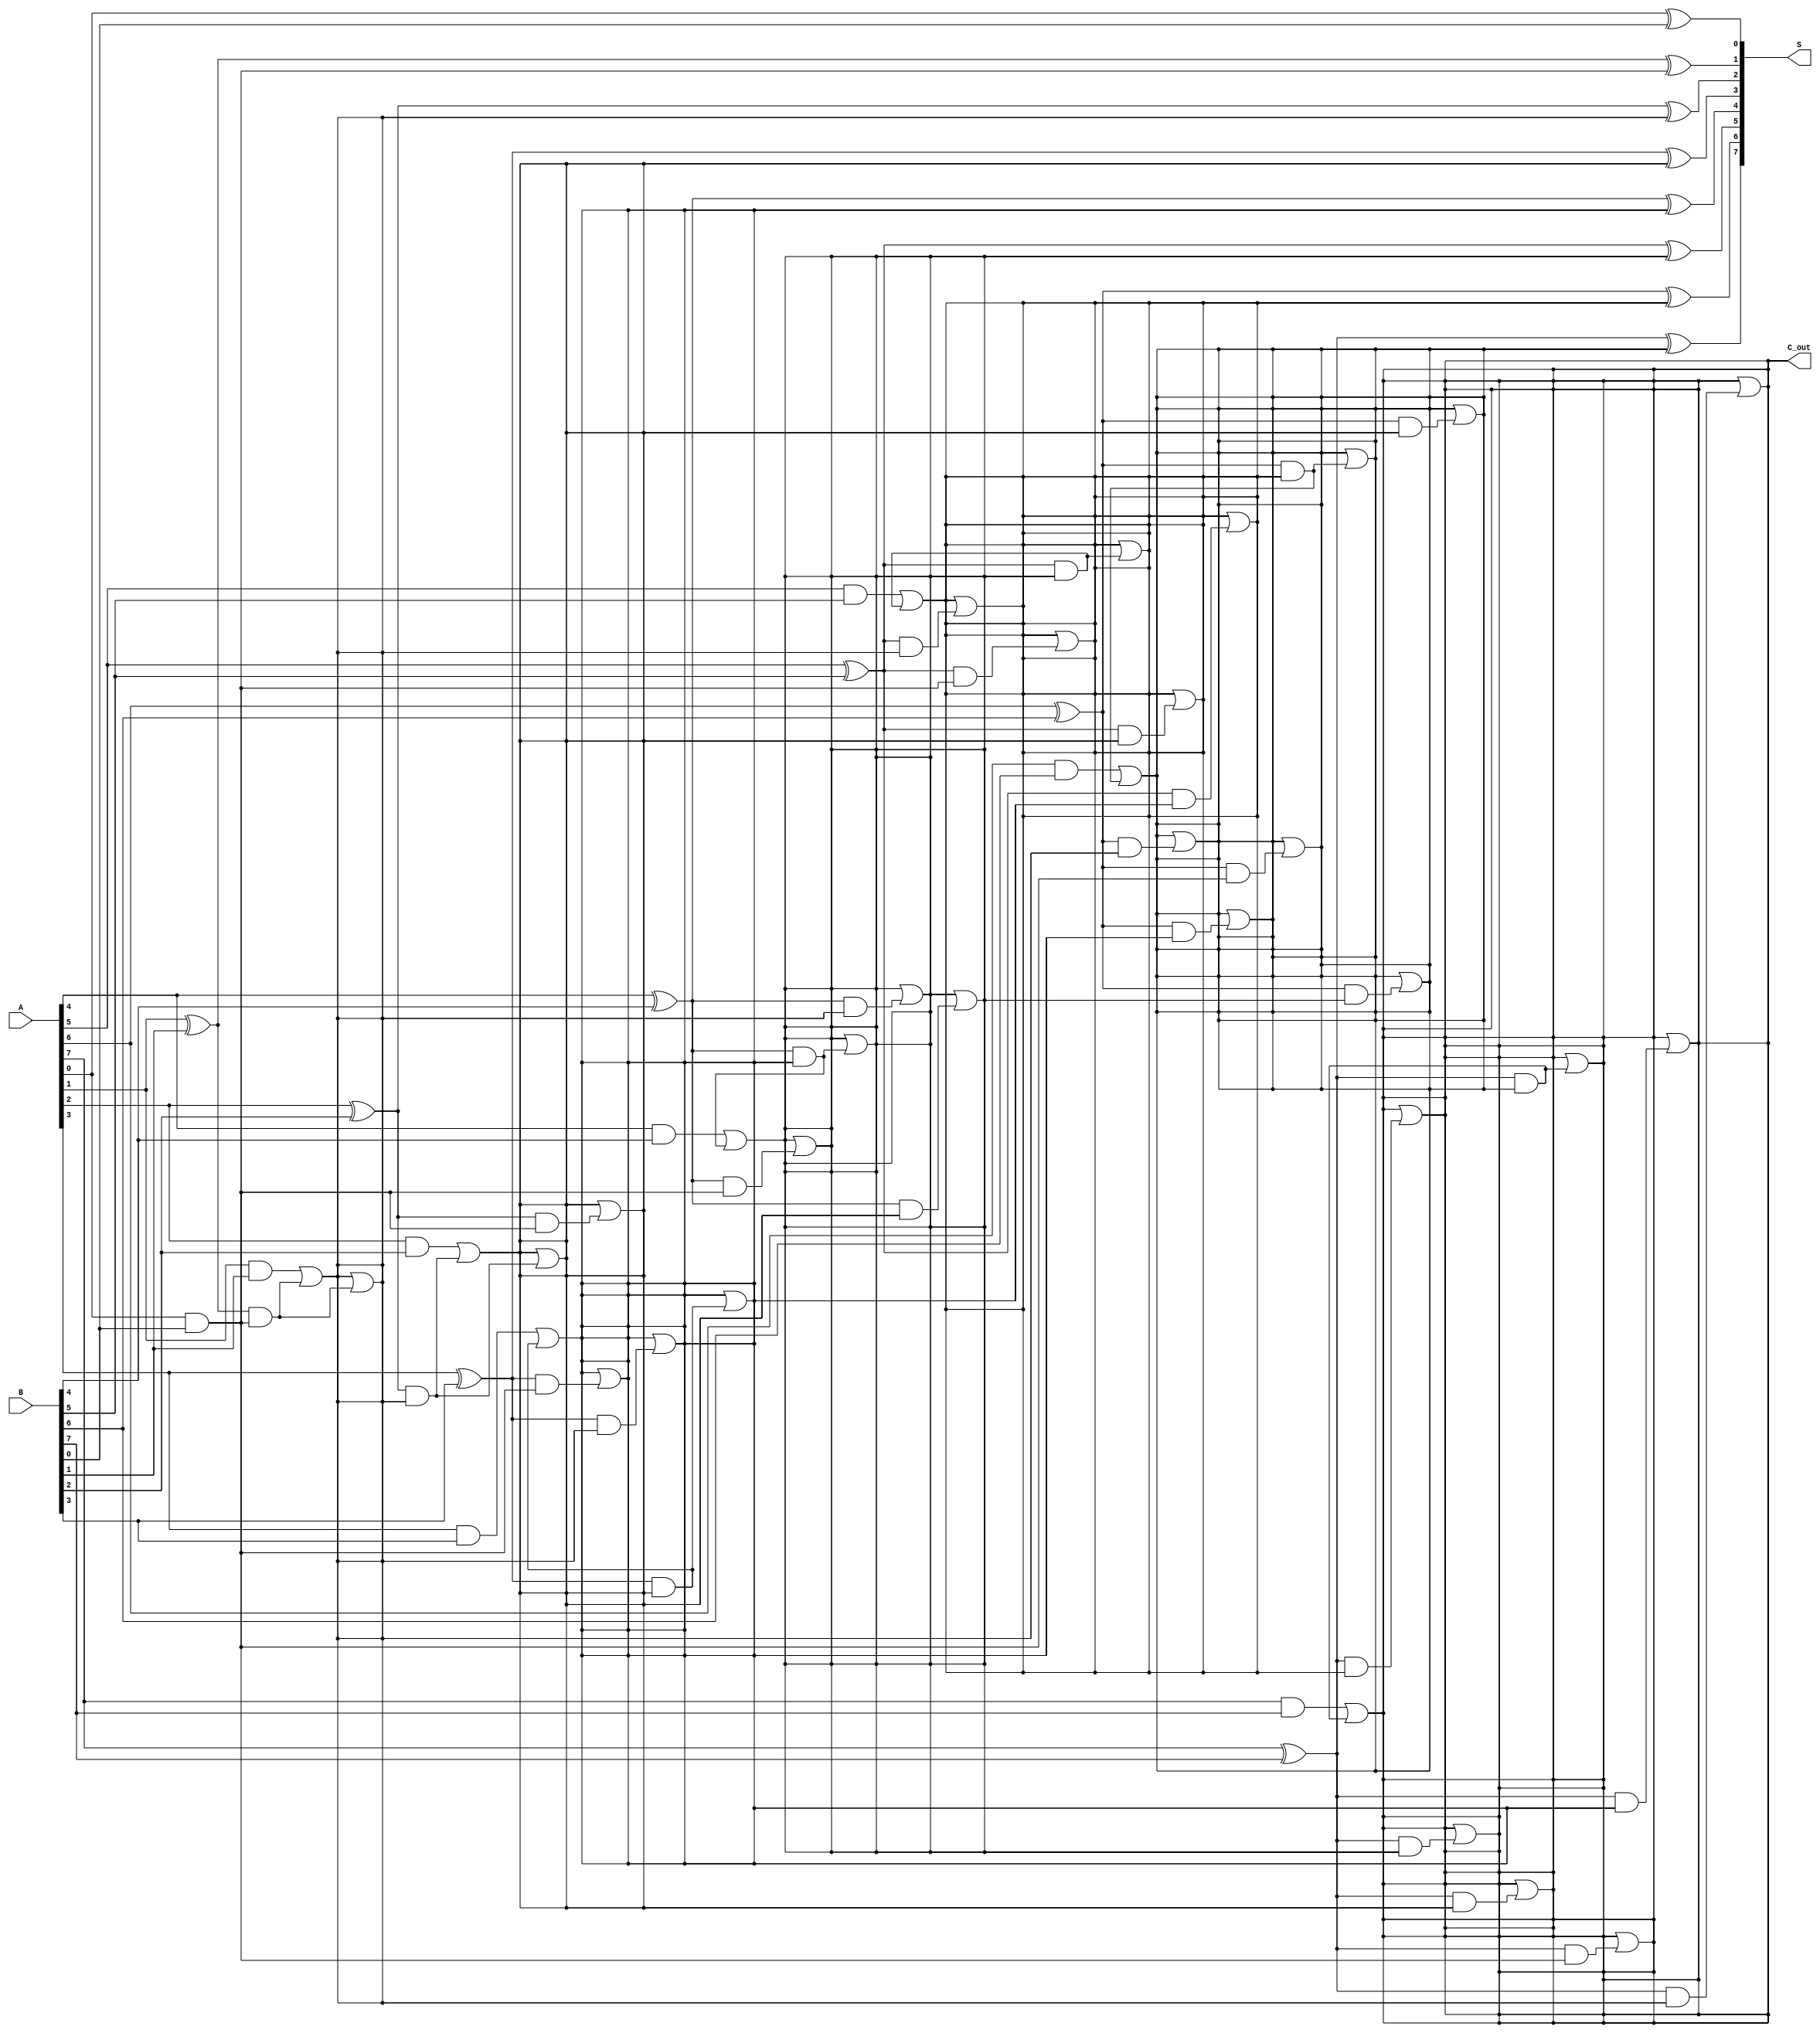
module brent_kung_adder #(parameter N = 8) (
    input  [N-1:0] A,      // First n-bit input
    input  [N-1:0] B,      // Second n-bit input
    output [N-1:0] S,      // n-bit sum output
    output        C_out     // Carry-out
);

    // Intermediate signals
    wire [N-1:0] P; // Propagate signals
    wire [N-1:0] G; // Generate signals
    wire [N:0] C;   // Carry signals

    // Generate P and G signals
    genvar i;
    generate
        for (i = 0; i < N; i = i + 1) begin : pg_generation
            assign P[i] = A[i] ^ B[i]; // Propagate
            assign G[i] = A[i] & B[i]; // Generate
        end
    endgenerate

    // Carry generation using Brent-Kung tree
    assign C[0] = 1'b0; // C[-1] = 0, for the least significant bit

    // Stage 1
    assign C[1] = G[0];
    generate
        for (i = 1; i < N; i = i + 1) begin : stage1
            assign C[i + 1] = G[i] | (P[i] & C[i]);
        end
    endgenerate

    // Generate additional stages for carry generation
    genvar j, k;
    for (j = 1; j < N; j = j + 1) begin : carry_stages
        for (k = j; k < N; k = k + 1) begin : carry_combination
            assign C[k + 1] = C[k + 1] | (P[k] & C[k - j + 1]);
        end
    end

    // Final carry-out
    assign C_out = C[N];

    // Sum calculation
    generate
        for (i = 0; i < N; i = i + 1) begin : sum_generation
            assign S[i] = P[i] ^ C[i];
        end
    endgenerate

endmodule